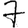
Digit: 7